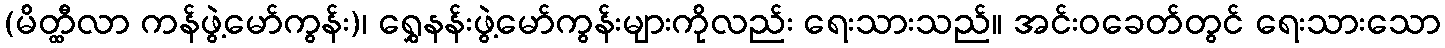
(မိတ္ထီလာ ကန်ဖွဲ့မော်ကွန်း)၊ ရွှေနန်းဖွဲ့မော်ကွန်းများကိုလည်း ရေးသားသည်။ အင်းဝခေတ်တွင် ရေးသားသော